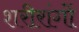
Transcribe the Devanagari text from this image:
शरीरांगों